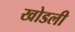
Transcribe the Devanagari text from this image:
खोडली